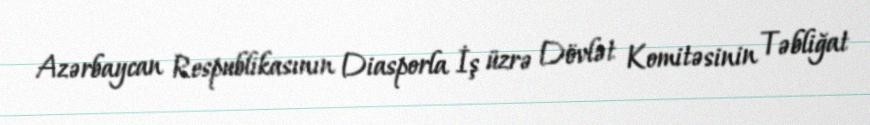
Azərbaycan Respublikasının Diasporla İş üzrə Dövlət Komitəsinin Təbliğat